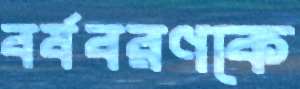
বর্ষবরণকে